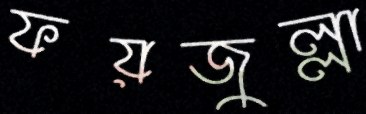
ফয়জুল্লা